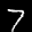
Label: 7